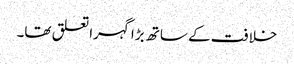
خلافت کے ساتھ بڑا گہرا تعلق تھا۔